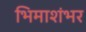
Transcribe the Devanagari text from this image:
भिमाशंभर